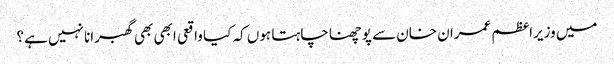
میں وزیراعظم عمران خان سے پوچھنا چاہتا ہوں کہ کیا واقعی ابھی بھی گھبرانا نہیں ہے؟